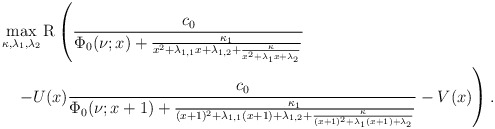
\begin{align*}&\max_{\kappa,\lambda_{1},\lambda_{2}}\mathrm{R}\left(\frac{c_0}{\Phi_0(\nu;x)+\frac{\kappa_1}{x^2+\lambda_{1,1}x+\lambda_{1,2}+\frac{\kappa}{x^2+\lambda_1 x+\lambda_2}}}\right.\\&\quad\left.-U(x)\frac{c_0}{\Phi_0(\nu;x+1)+\frac{\kappa_1}{(x+1)^2+\lambda_{1,1}(x+1)+\lambda_{1,2}+\frac{\kappa}{(x+1)^2+\lambda_1 (x+1)+\lambda_2}}}-V(x)\right).\end{align*}